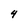
Character: 4